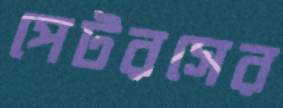
পেটরসের